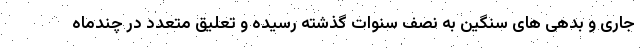
جاری و بدهی های سنگین به نصف سنوات گذشته رسیده و تعلیق متعدد در چندماه